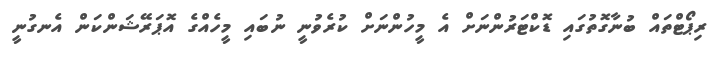
ރިޕޯޓްތައް ބުނާގޮތުގައި ޑޮކްޓަރުންނަށް އެ މީހުންނަށް ކުރެވުނީ ނުބައި މީހެއްގެ އޮޕަރޭޝަންކަން އެނގުނީ